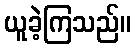
ယူခဲ့ကြသည်။